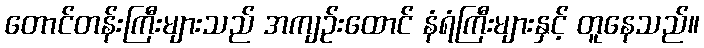
တောင်တန်းကြီးများသည် အကျဉ်းထောင် နံရံကြီးများနှင့် တူနေသည်။